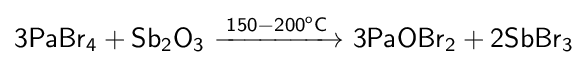
{\mathsf {3PaBr_{4}+Sb_{2}O_{3}\ {\xrightarrow {150-200^{o}C}}\ 3PaOBr_{2}+2SbBr_{3}}}